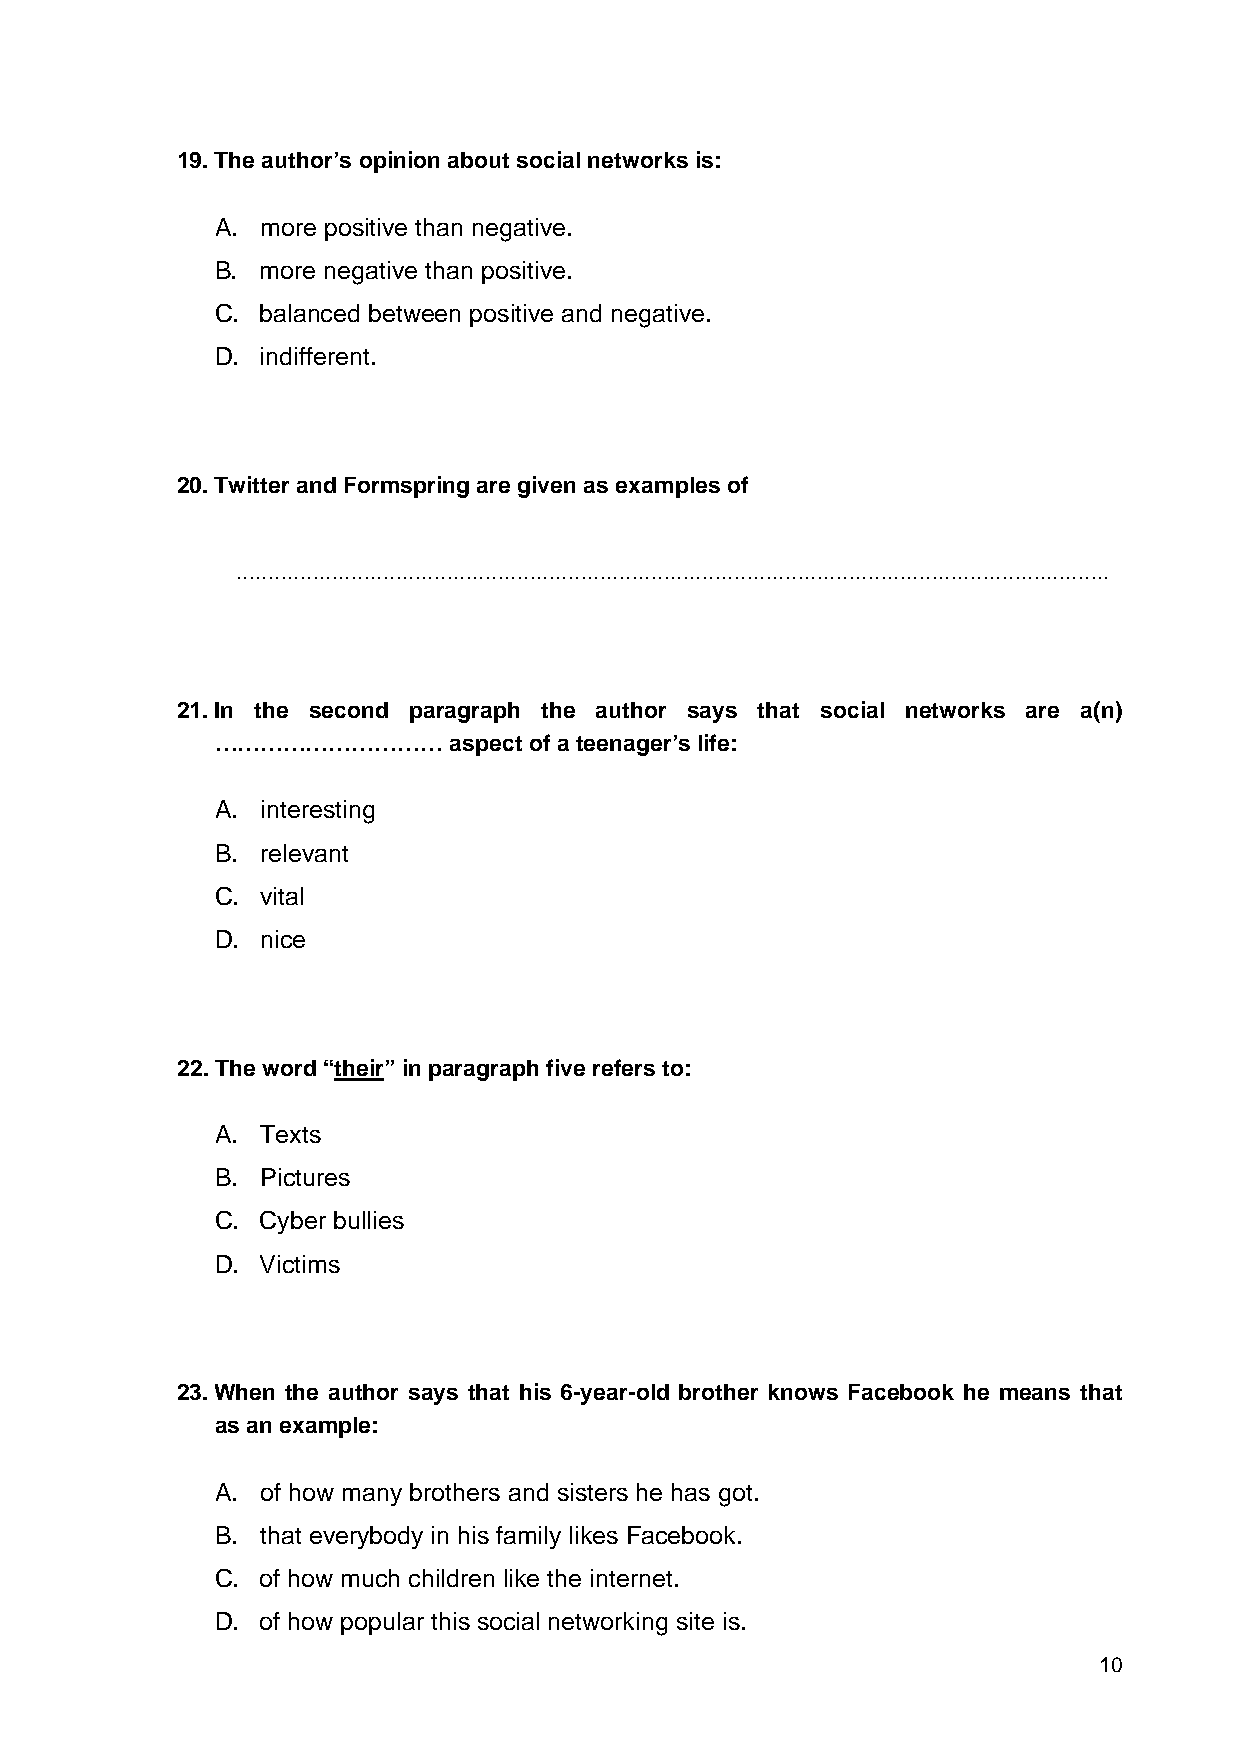
19. The author’s opinion about social networks is:
 A. more positive than negative.
 B. more negative than positive.
 C. balanced between positive and negative.
 D. indifferent.
 20. Twitter and Formspring are given as examples of
 .........................................................................................................................................
 21. In the second paragraph the author says that social networks are a(n)
 …………………………      aspect of a teenager’s life:
 A. interesting
 B. relevant
 C. vital
 D. nice
 22. The word “their” in paragraph five refers to:
 A. Texts
 B. Pictures
 C. Cyber bullies
 D. Victims
 23. When the author says that his 6-year-old brother knows Facebook he means that
 as an example:
 A. of how many brothers and sisters he has got.
 B. that everybody in his family likes Facebook.
 C. of how much children like the internet.
 D. of how popular this social networking site is.
 10